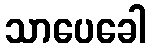
သာပေခေါ